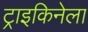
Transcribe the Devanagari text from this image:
ट्राइकिनेला